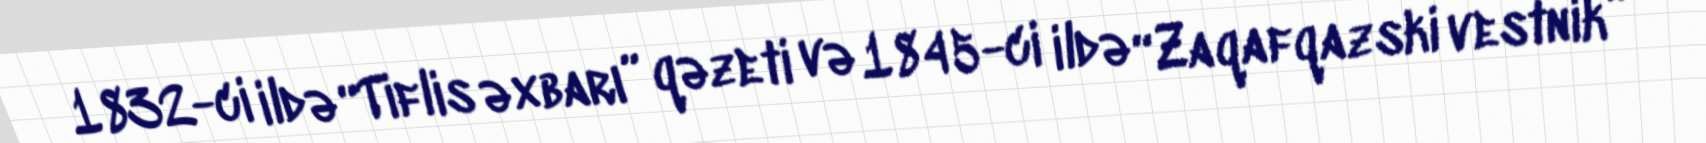
1832-ci ildə “Tiflis əxbarı” qəzeti və 1845-ci ildə “Zaqafqazski vestnik”